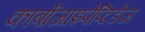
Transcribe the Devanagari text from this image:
कार्बोजाइपेप्टिडेज